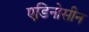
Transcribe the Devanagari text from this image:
एडिनोसीन